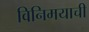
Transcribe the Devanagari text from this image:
विनिमयाची